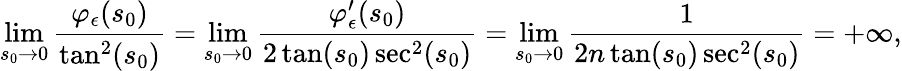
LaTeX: \operatorname*{lim}_{s_{0}\to 0}\frac{\varphi_{\epsilon}(s_{0})}{\tan^{2}(s_{0})}=\operatorname*{lim}_{s_{0}\to 0}\frac{\varphi_{\epsilon}^{\prime}(s_{0})}{{2\tan(s_{0})\sec^{2}(s_{0})}}=\operatorname*{lim}_{s_{0}\to 0}\frac{1}{2n\tan(s_{0})\sec^{2}(s_{0})}=+\infty,